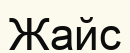
Жайс